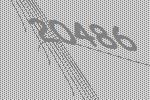
20486